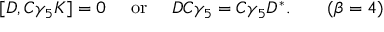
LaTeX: [ { \cal D } , C \gamma _ { 5 } K ] = 0 \quad \mathrm { ~ o r ~ } \quad { \cal D } C \gamma _ { 5 } = C \gamma _ { 5 } { \cal D } ^ { * } . \hfil \qquad ( \beta = 4 )